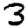
Digit: 3